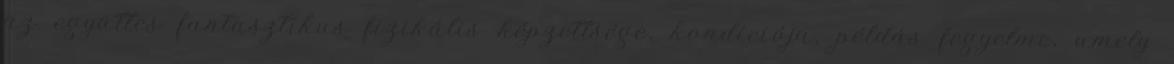
az együttes fantasztikus fizikális képzettsége, kondíciója, példás fegyelme, amely